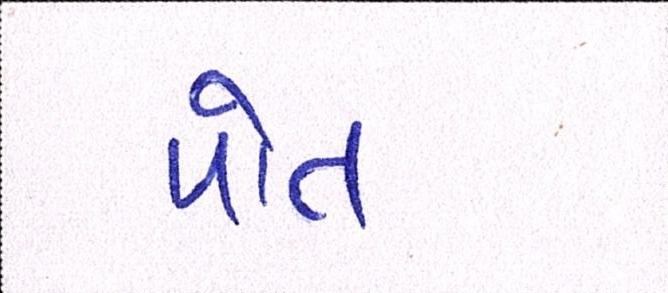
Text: પોત